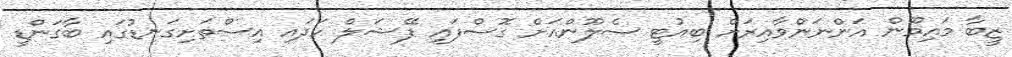
ޒީބާ މައިމޫން އަންނަންވާއިރަށް ބިއުޓީ ސެލޫންއަށް ގޮސްފައި ފޭޝަލް ހަދައި އިސްތަށިގަނޑުގައި ބާގަންޑީ